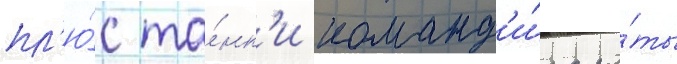
пл'ю́с та́нк'и команд'и́ра ро́ты